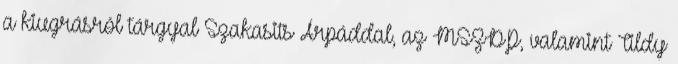
a kiugrásról tárgyal Szakasits Árpáddal, az MSZDP, valamint Tildy